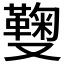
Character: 𠮑